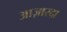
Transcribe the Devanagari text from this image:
आज़ारदा